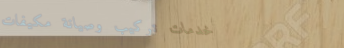
خدمات تركيب وصيانة مكيفات